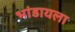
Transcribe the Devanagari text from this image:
भांडायला